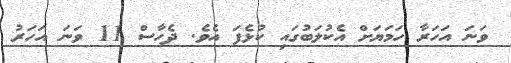
ވަނަ އަހަރާ ހަމަޔަށް އެކުލަބުގައި ކުޅެފަ އެވެ. ދެހާސް 11 ވަނަ އަހަރު